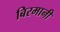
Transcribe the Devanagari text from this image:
बिरमानी